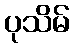
ပုသိမ်